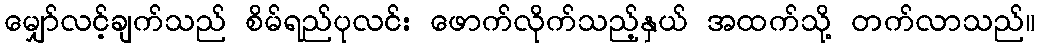
မျှော်လင့်ချက်သည် စိမ်ရည်ပုလင်း ဖောက်လိုက်သည့်နှယ် အထက်သို့ တက်လာသည်။